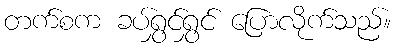
တက်စက ခပ်ရွှင်ရွှင် ပြောလိုက်သည်။